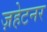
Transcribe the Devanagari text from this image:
ज़हेटनर